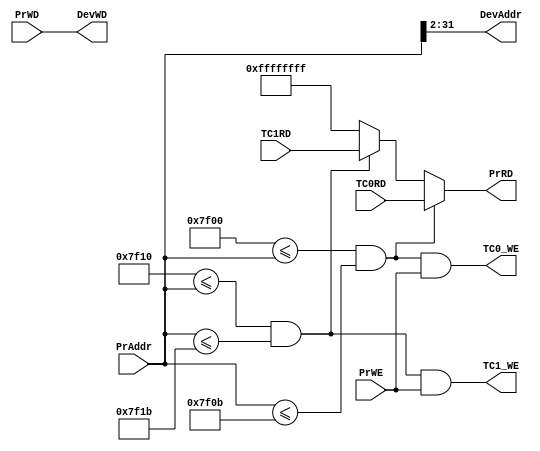
`timescale 1ns / 1ps
//////////////////////////////////////////////////////////////////////////////////
// Company: 
// Engineer: 
// 
// Design Name: 
// Module Name:    Bridge 
// Project Name: 
// Target Devices: 
// Tool versions: 
// Description: 
//
// Dependencies: 
//
// Revision: 
// Revision 0.01 - File Created
// Additional Comments: 
//
//////////////////////////////////////////////////////////////////////////////////
`default_nettype none
module Bridge(
	//Bridge-CPU
	input wire [31:0] PrAddr,
	input wire [31:0] PrWD,
	input wire PrWE,
	output wire [31:0] PrRD,
	//Bridge-Timer0
	input wire [31:0] TC0RD,
	output wire TC0_WE,
	//Bridge-Timer1
	input wire [31:0] TC1RD,
	output wire TC1_WE,
	//Bridge-Devices
	output wire [31:2] DevAddr,
	output wire [31:0] DevWD
    );
	wire hitTC0, hitTC1;
	assign hitTC0 = (32'h7f00 <= PrAddr) && (PrAddr <= 32'h7f0b);
	assign hitTC1 = (32'h7f10 <= PrAddr) && (PrAddr <= 32'h7f1b);
	
	assign PrRD = hitTC0 ? TC0RD :
	              hitTC1 ? TC1RD :
					           32'hffffffff;
	
	assign TC0_WE = hitTC0 & PrWE;
	assign TC1_WE = hitTC1 & PrWE;
	assign DevAddr = PrAddr[31:2];
	assign DevWD = PrWD;
	
endmodule